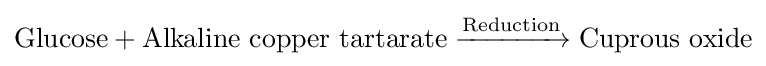
\mathrm {Glucose} +\mathrm {Alkaline\ copper\ tartarate} \xrightarrow {\mathrm {Reduction} } \mathrm {Cuprous\ oxide}